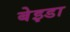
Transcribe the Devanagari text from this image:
बेइडा